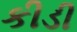
કીડી